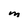
Character: M